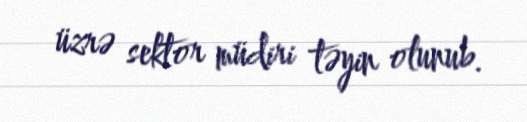
üzrə sektor müdiri təyin olunub.